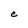
Character: e